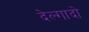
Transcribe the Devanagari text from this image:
देल्गादो